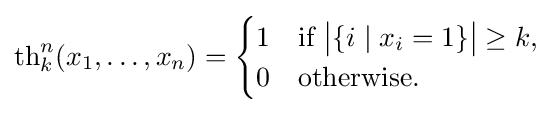
\mathrm {th} _{k}^{n}(x_{1},\dots ,x_{n})={\begin{cases}1&{\text{if }}{\bigl |}\{i\mid x_{i}=1\}{\bigr |}\geq k,\\0&{\text{otherwise.}}\end{cases}}